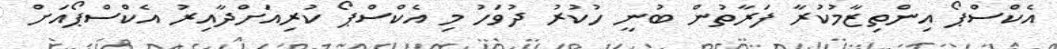
އެކްސްޕޯ އިންތިޒާމުކުރާ ފަރާތުން ބުނީ ހުކުރު ދުވަހު މި އެކްސްޕޯ ކުރިއަށްދާއިރު އެކްސްޕޯއަށް